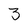
Character: 3